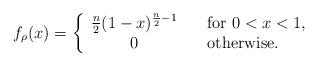
LaTeX: \begin{align*}f_\rho(x) = \left\{\begin{array}{cl}\frac{n}{2}(1-x)^{\frac{n}{2}-1} & \mbox{~~~for~} 0<x<1, \\0 & \mbox{~~~otherwise}.\end{array} \right.\end{align*}